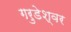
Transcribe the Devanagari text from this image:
गरुडेश्‍वर